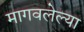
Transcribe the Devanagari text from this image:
मागवलेल्या